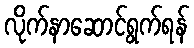
လိုက်နာဆောင်ရွက်ရန်